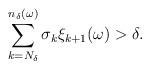
LaTeX: \begin{align*}\sum_{k=N_\delta}^{n_\delta(\omega) } \sigma_k \xi_{k+1}(\omega)>\delta.\end{align*}